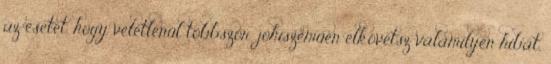
az esetet, hogy véletlenül többször, jóhiszeműen elkövetsz valamilyen hibát,